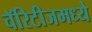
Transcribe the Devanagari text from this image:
चॅरिटीजमध्ये